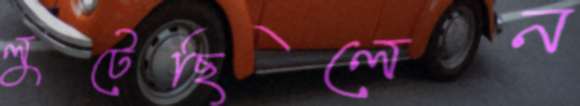
লুটেছিলেন